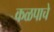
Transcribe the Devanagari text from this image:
कळपाचे